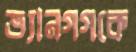
ভ্যানগগকে